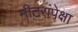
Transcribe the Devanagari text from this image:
मीटरांपेक्षा